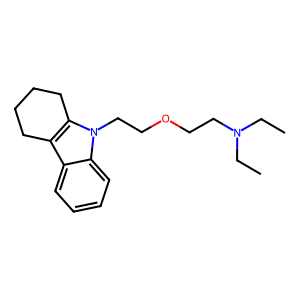
SMILES: CCN(CC)CCOCCn1c2c(c3ccccc31)CCCC2
Inhibits HIV replication: No